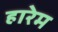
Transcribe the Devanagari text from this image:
हारेम